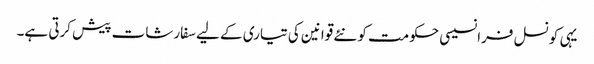
یہی کونسل فرانسیسی حکومت کو نئے قوانین کی تیاری کے لیے سفارشات پیش کرتی ہے۔